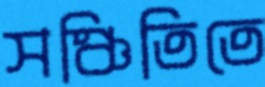
সঞ্চিতিতে